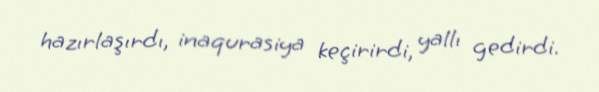
hazırlaşırdı, inaqurasiya keçirirdi, yallı gedirdi.